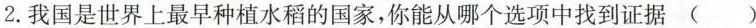
2.我国是世界上最早种植水稻的国家，你能从哪个选项中找到证据()